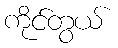
ကိုင်တွယ်